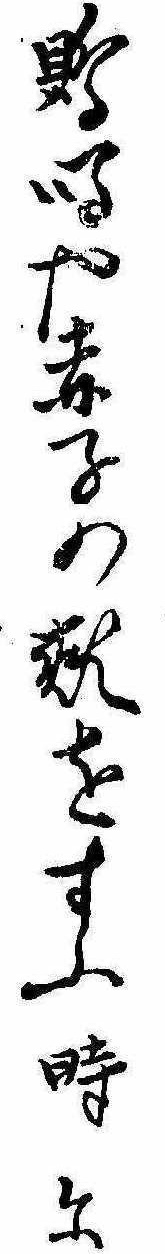
鵙鳴や赤子の頬をすふ時に